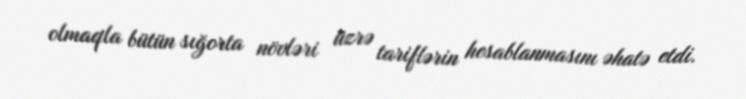
olmaqla bütün sığorta növləri üzrə tariﬂərin hesablanmasını əhatə etdi.